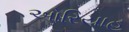
ઓરિયાહ